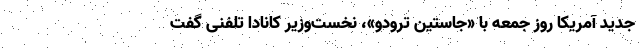
جدید آمریکا روز جمعه با «جاستین ترودو»، نخست‌وزیر کانادا تلفنی گفت